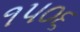
૧૫૦૬